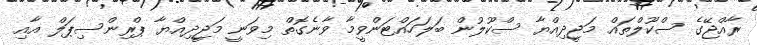
ރާއްޖޭގެ ސްކޫލްތައް މަޖީދިއްޔާ ސްކޫލުން ބަލަހައްޓަންވީމާ ވާނެގޮތް މިވަނީ މަޖީދިއްޔާ ޕްރިންސިޕަލް އާއި